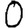
Digit: 0